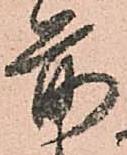
前